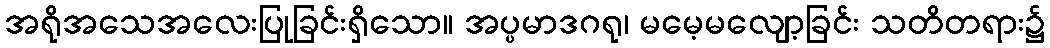
အရိုအသေအလေးပြုခြင်းရှိသော။ အပ္ပမာဒဂရု၊ မမေ့မလျော့ခြင်း သတိတရား၌